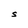
Character: S